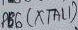
Text: PB6(XTAL1)